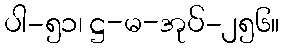
ပါ-၅၁၊ ဋ္ဌ-မ-အုပ်-၂၅၆။